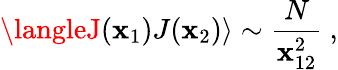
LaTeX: \langleJ(\mathbf{x}_{1})J(\mathbf{x}_{2})\rangle\sim{\frac{{N}}{{\mathbf{x}_{12}^{2}}}}\ ,